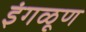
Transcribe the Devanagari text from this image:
इंगळूण